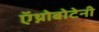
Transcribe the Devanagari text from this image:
ऍथ्नोबोटेनी